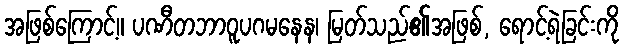
အဖြစ်ကြောင့်။ ပဏီတဘာဝူပဂမနေန၊ မြတ်သည်၏အဖြစ်, ရောင့်ရဲခြင်းကို